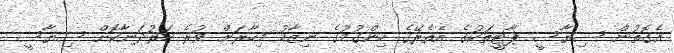
އެގޮތުން ސިޔާސީ ޕާޓީތަކުގެ އެތެރޭގެ ހިންގުމުގެ ނިޒާމު މިހާރަށް ވުރެ ހަރުދަނާކޮށް ސިޔާސީ